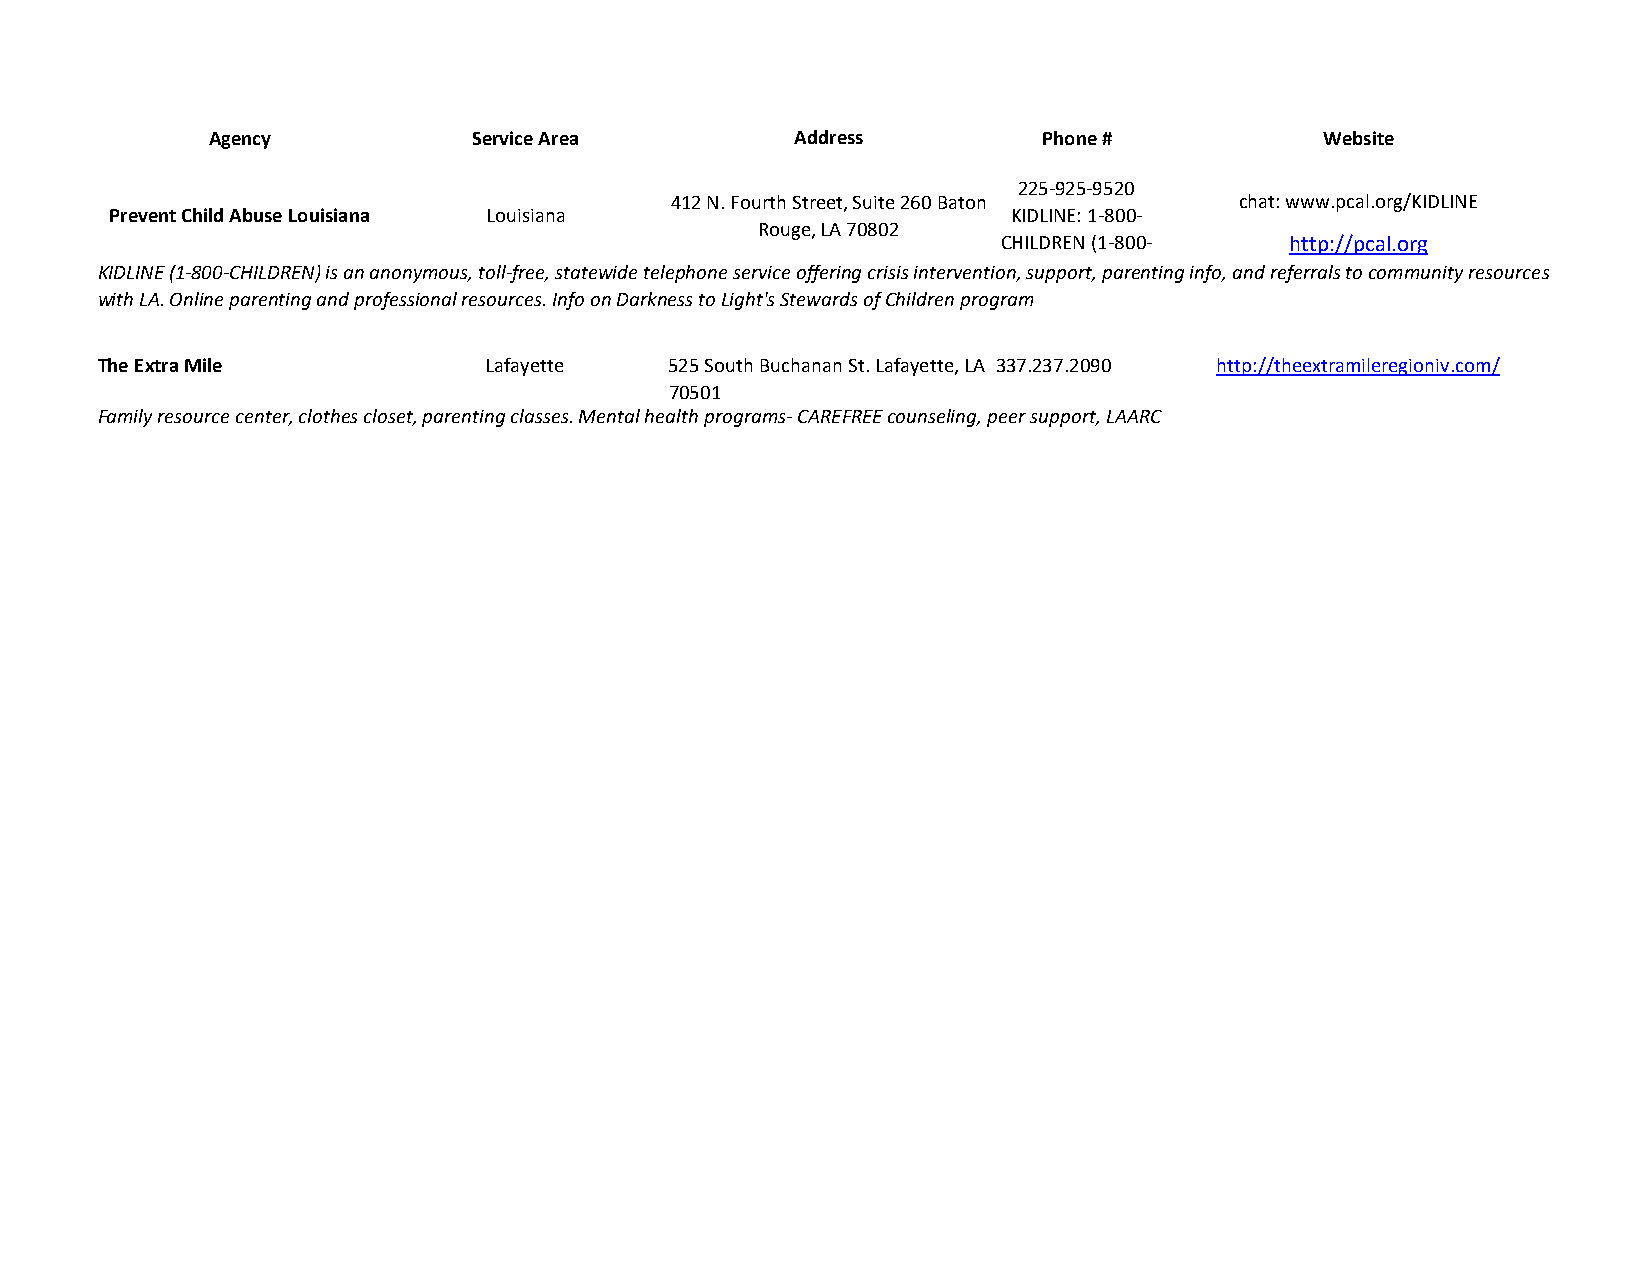
Agency           Service Area          Address         Phone #            Website
 225-925-9520
 412 N. Fourth Street, Suite 260 Baton chat: www.pcal.org/KIDLINE
 Prevent Child Abuse Louisiana Louisiana                     KIDLINE: 1-800-
 Rouge, LA 70802
 CHILDREN (1-800-   http://pcal.org
 KIDLINE (1-800-CHILDREN) is an anonymous, toll-free, statewide telephone service offering crisis intervention2,4 s4u-5p3p7o3rt), TpEaXrTe:n ting info, and referrals to community resources
 with LA. Online parenting and professional resources. Info on Darkness to Light's Stewards of Children program
 The Extra Mile            Lafayette   525 South Buchanan St. Lafayette, LA 337.237.2090 http://theextramileregioniv.com/
 70501
 Family resource center, clothes closet, parenting classes. Mental health programs- CAREFREE counseling, peer support, LAARC